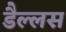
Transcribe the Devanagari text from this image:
डैल्लस